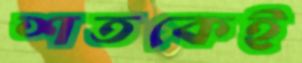
শতকেই